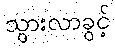
သွားလာခွင့်